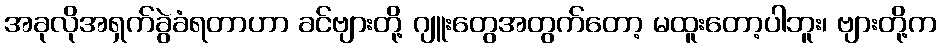
အခုလိုအရှက်ခွဲခံရတာဟာ ခင်ဗျားတို့ ဂျူးတွေအတွက်တော့ မထူးတော့ပါဘူး၊ ဗျားတို့က